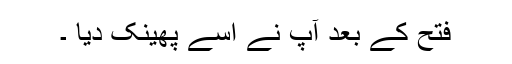
فتح کے بعد آپ نے اسے پھینک دیا ۔